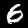
Label: 6